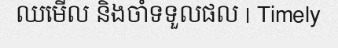
ឈមើល និងចាំទទួលផល | Timely